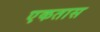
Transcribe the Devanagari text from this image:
एकतास